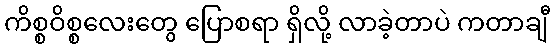
ကိစ္စဝိစ္စလေးတွေ ပြောစရာ ရှိလို့ လာခဲ့တာပဲ ကတာချီ